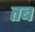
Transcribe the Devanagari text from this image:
तब